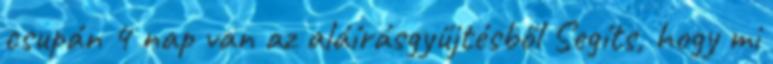
csupán 4 nap van az aláírásgyűjtésből Segíts, hogy mi